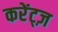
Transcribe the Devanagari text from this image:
करेंट्ज़